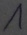
Text: 1